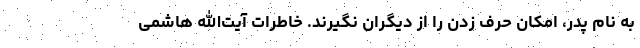
به نام پدر، امکان حرف زدن را از دیگران نگیرند. خاطرات آیت‌الله هاشمی